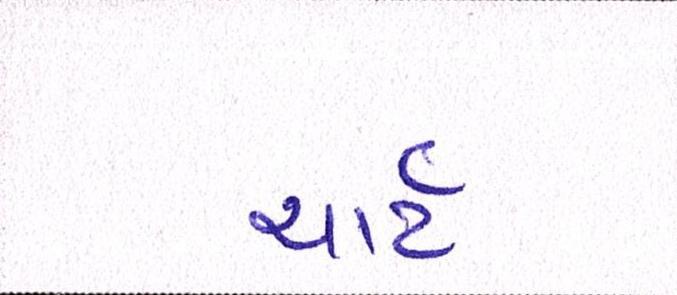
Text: ચાર્ટ